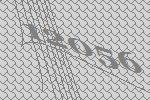
12056